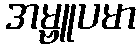
အမ္ဗူပမာ